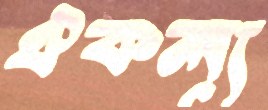
ঐকল্য